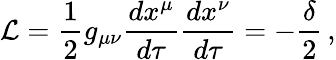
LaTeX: {\cal{L}}=\frac{1}{2}g_{\mu\nu}\frac{dx^{\mu}}{d\tau}\frac{dx^{\nu}}{d\tau}=-\frac{\delta}{2}\, ,